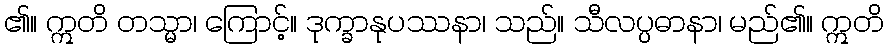
၏။ ဣတိ တသ္မာ၊ ကြောင့်။ ဒုက္ခာနုပဿနာ၊ သည်။ သီလပ္ပဓာနာ၊ မည်၏။ ဣတိ